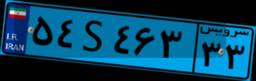
۵۴S۴۶۳۳۳